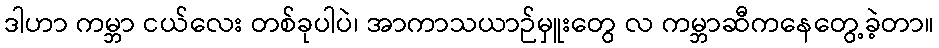
ဒါဟာ ကမ္ဘာ ငယ်လေး တစ်ခုပါပဲ၊ အာကာသယာဉ်မှူးတွေ လ ကမ္ဘာဆီကနေတွေ့ခဲ့တာ။